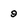
Character: 9